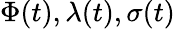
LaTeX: \Phi(t),\lambda(t),\sigma(t)